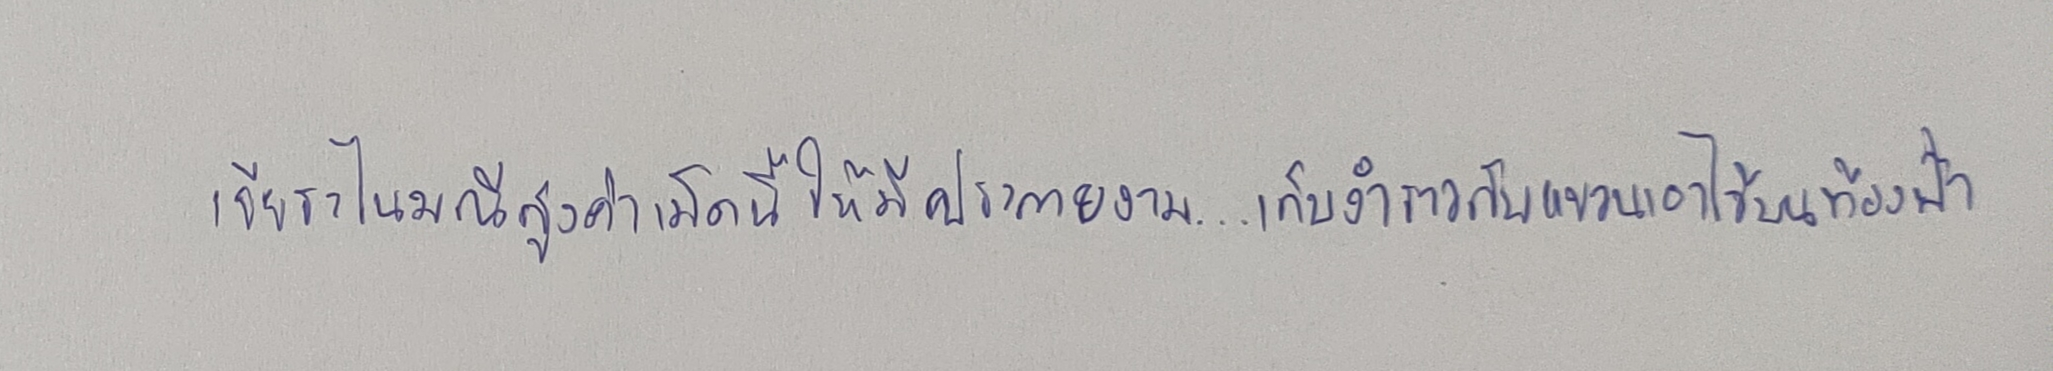
เจียระไนมณีสูงค่าเม็ดนี้ให้มีประกายงาม...เก็บงำราวกับแขวนเอาไว้บนท้องฟ้า